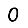
Digit: 0